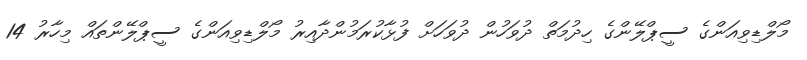
މޯލްޑިވިއަންގެ ސީޕްލޭންގެ ހިދުމަތް ދުވަހުން ދުވަހަށް ފުޅާކުރަމުންދާއިރު މޯލްޑިވިއަންގެ ސީޕްލޭންތައް މިހާރު 14